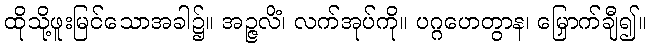
ထိုသို့ဖူးမြင်သောအခါ၌။ အဉ္ဇလိံ၊ လက်အုပ်ကို။ ပဂ္ဂဟေတွာန၊ မြှောက်ချီ၍။